Lunatic asylums United Provinces 1909-1921 - 1909-1921
Year: 1909
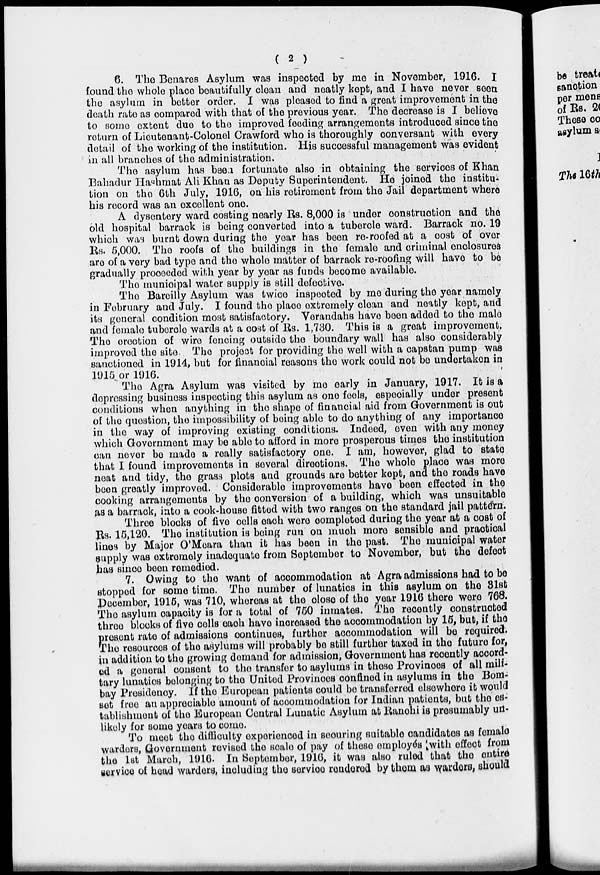
( 2 )
6. The Benares Asylum was inspected by me in November, 1916. I
found the whole place beautifully clean and neatly kept, and I have never seen
the asylum in better order. I was pleased to find a great improvement in the
death rate as compared with that of the previous year. The decrease is I believe
to some extent due to the improved feeding arrangements introduced since the
return of Lieutenant-Colonel Crawford who is thoroughly conversant with every
detail of the working of the institution. His successful management was evident
in all branches of the administration.
The asylum has been fortunate also in obtaining the services of Khan
Bahadur Hashmat Ali Khan as Deputy Superintendent. He joined the institu-
tion on the 6th July, 1916, on his retirement from the Jail department where
his record was an excellent one.
A dysentery ward costing nearly Rs. 8,000 is under construction and the
old hospital barrack is being converted into a tubercle ward. Barrack no. 19
which was burnt down during the year has been re-roofed at a cost of over
Rs. 5,000. The roofs of the buildings in the female and criminal enclosures
are of a very bad type and the whole matter of barrack re-roofing will have to be
gradually proceeded with year by year as funds become available.
The municipal water supply is still defective.
The Bareilly Asylum was twice inspected by mo during the year namely
in February and July. I found the place extremely clean and neatly kept, and
its general condition most satisfactory. Verandahs have been added to the male
and female tubercle wards at a cost of Rs. 1,730. This is a great improvement.
The orection of wire fencing outside the boundary wall has also considerably
improved the site. The project for providing the well with a capstan pump was
sanctioned in 1914, but for financial reasons the work could not be undertaken in
1915 or 1916.
The Agra Asylum was visited by me early in January, 1917. It is a
depressing business inspecting this asylum as one feels, especially under present
conditions when anything in the shape of financial aid from Government is out
of the question, the impossibility of being able to do anything of any importance
in the way of improving existing conditions. Indeed, even with any money
which Government may be able to afford in more prosperous times the institution
can never be made a really satisfactory one. I am, however, glad to state
that I found improvements in several directions. The whole place was more
neat and tidy, the grass plots and grounds are better kept, and the roads have
been greatly improved. Considerable improvements have been effected in the
cooking arrangements by the conversion of a building, which was unsuitable
as a barrack, into a cook-house fitted with two ranges on the standard jail pattern.
Three blocks of five cells each were completed during the year at a cost of
Rs. 15,120. The institution is being run on much more sensible and practical
lines by Major O'Mcara than it has been in the past. The municipal water
supply was extremely inadequate from September to November, but the defect
has since been remedied.
7. Owing to the want of accommodation at Agra admissions had to be
stopped for some time. The number of lunatics in this asylum on the 31st
December, 1915, was 710, whereas at the close of the year 1916 there were 768.
The asylum capacity is for a total of 750 inmates. The recently constructed
three blocks of five cells each have increased the accommodation by 15, but, if the
present rate of admissions continues, further accommodation will be required.
The resources of the asylums will probably be still further taxed in the future for,
in addition to the growing demand for admission, Government has recently acoord-
ed a general consent to the transfer to asylums in these Provinces of all mili-
tary lunatics belonging to the United Provinces confined in asylums in the Bom-
bay Presidency. If the European patients could be transferred elsewhere it would
set free an appreciable amount of accommodation for Indian patients, but the es-
tablishment of the European Central Lunatic Asylum at Ranchi is presumably un-
likely for some years to come.
To meet the difficulty experienced in securing suitable candidates as female
warders, Government revised the scale of pay of these employés with effect from
the 1st March, 1916. In September, 1916, it was also ruled that the entire
service of head warders, including the service rendered by them as warders, should